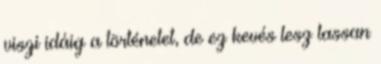
viszi idáig a történetet, de ez kevés lesz lassan